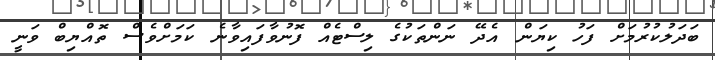
ބަދަލުކުރުމަށް ފަހު ކިޔަން އެދޭ ނަންތަކުގެ ލިސްޓެއް ފޮނުވާފައިވާނެ ކަމަށްވެސް ތޮއްޔިބް ވަނީ